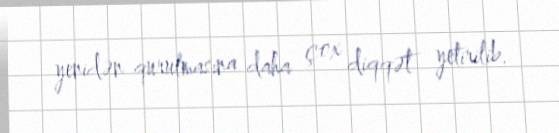
yenidən qurulmasına daha çox diqqət yetirilib.